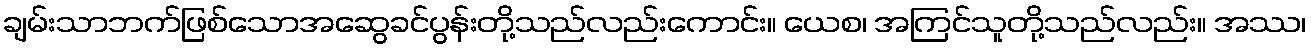
ချမ်းသာဘက်ဖြစ်သောအဆွေခင်ပွန်းတို့သည်လည်းကောင်း။ ယေစ၊ အကြင်သူတို့သည်လည်း။ အဿ၊